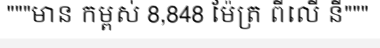
"""មាន កម្ពស់ 8,848 ម៉ែត្រ ពីលើ នី"""